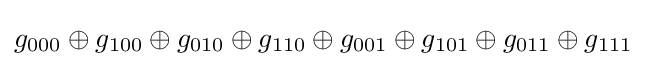
g_{000}\oplus g_{100}\oplus g_{010}\oplus g_{110}\oplus g_{001}\oplus g_{101}\oplus g_{011}\oplus g_{111}